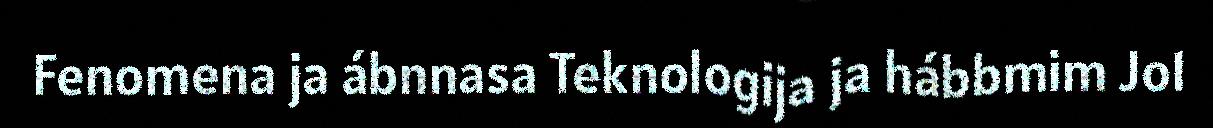
Fenomena ja ábnnasa Teknologija ja hábbmim Jo1